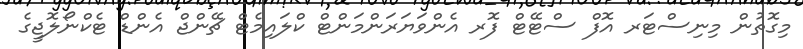
މިގޮތުން މިނިސްޓަރ އޮފް ސްޓޭޓް ފޮރ އެންވަޔަރަންމަންޓް ކްލައިމެޓް ޗޭންޖް އެންޑް ޓެކްނޯލޮޖީގެ